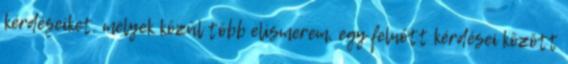
kérdéseiket, melyek közül több elismerem, egy felnőtt kérdései között